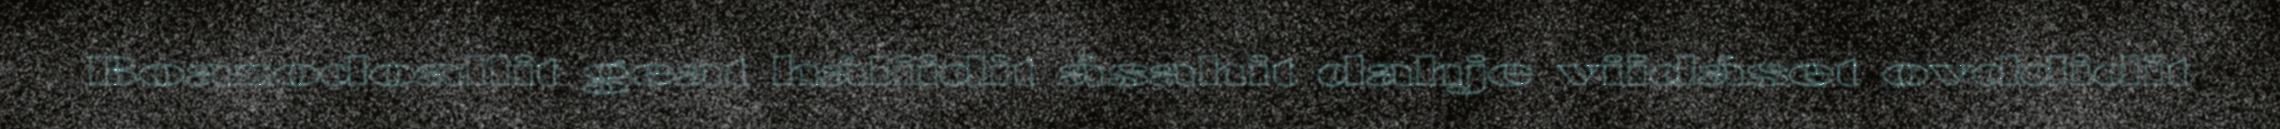
Boazodoallit geat háliidit ásahit dahje viidáset ovddidit